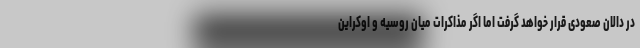
در دالان صعودی قرار خواهد گرفت اما اگر مذاکرات میان روسیه و اوکراین